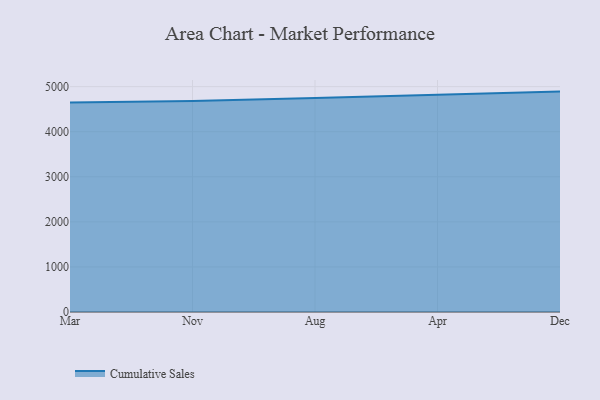
{"axis": {"x": "Month", "y": "Headcount"}, "legend": ["Cumulative Sales"], "data": [{"x": "Mar", "y": 4650.2, "type": "Cumulative Sales"}, {"x": "Nov", "y": 4682.2, "type": "Cumulative Sales"}, {"x": "Aug", "y": 4749.6, "type": "Cumulative Sales"}, {"x": "Apr", "y": 4822.6, "type": "Cumulative Sales"}, {"x": "Dec", "y": 4889.9, "type": "Cumulative Sales"}]}